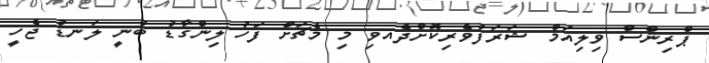
ޕްރިންސް ވިލިއަމް ޝަރަފުވެރިކޮށްދެއވި މި މެޗަށް ފަހު ލިންގާޑު ބުނީ ލަނޑު ޖެހީ